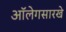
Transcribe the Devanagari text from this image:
ऑलेगसारखे